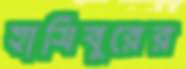
হাসিবুরের